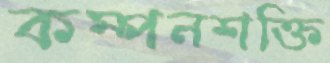
কম্পনশক্তি